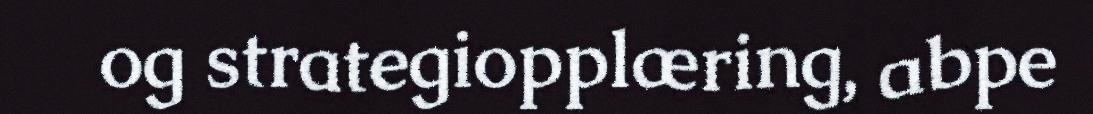
og strategiopplæring, abpe